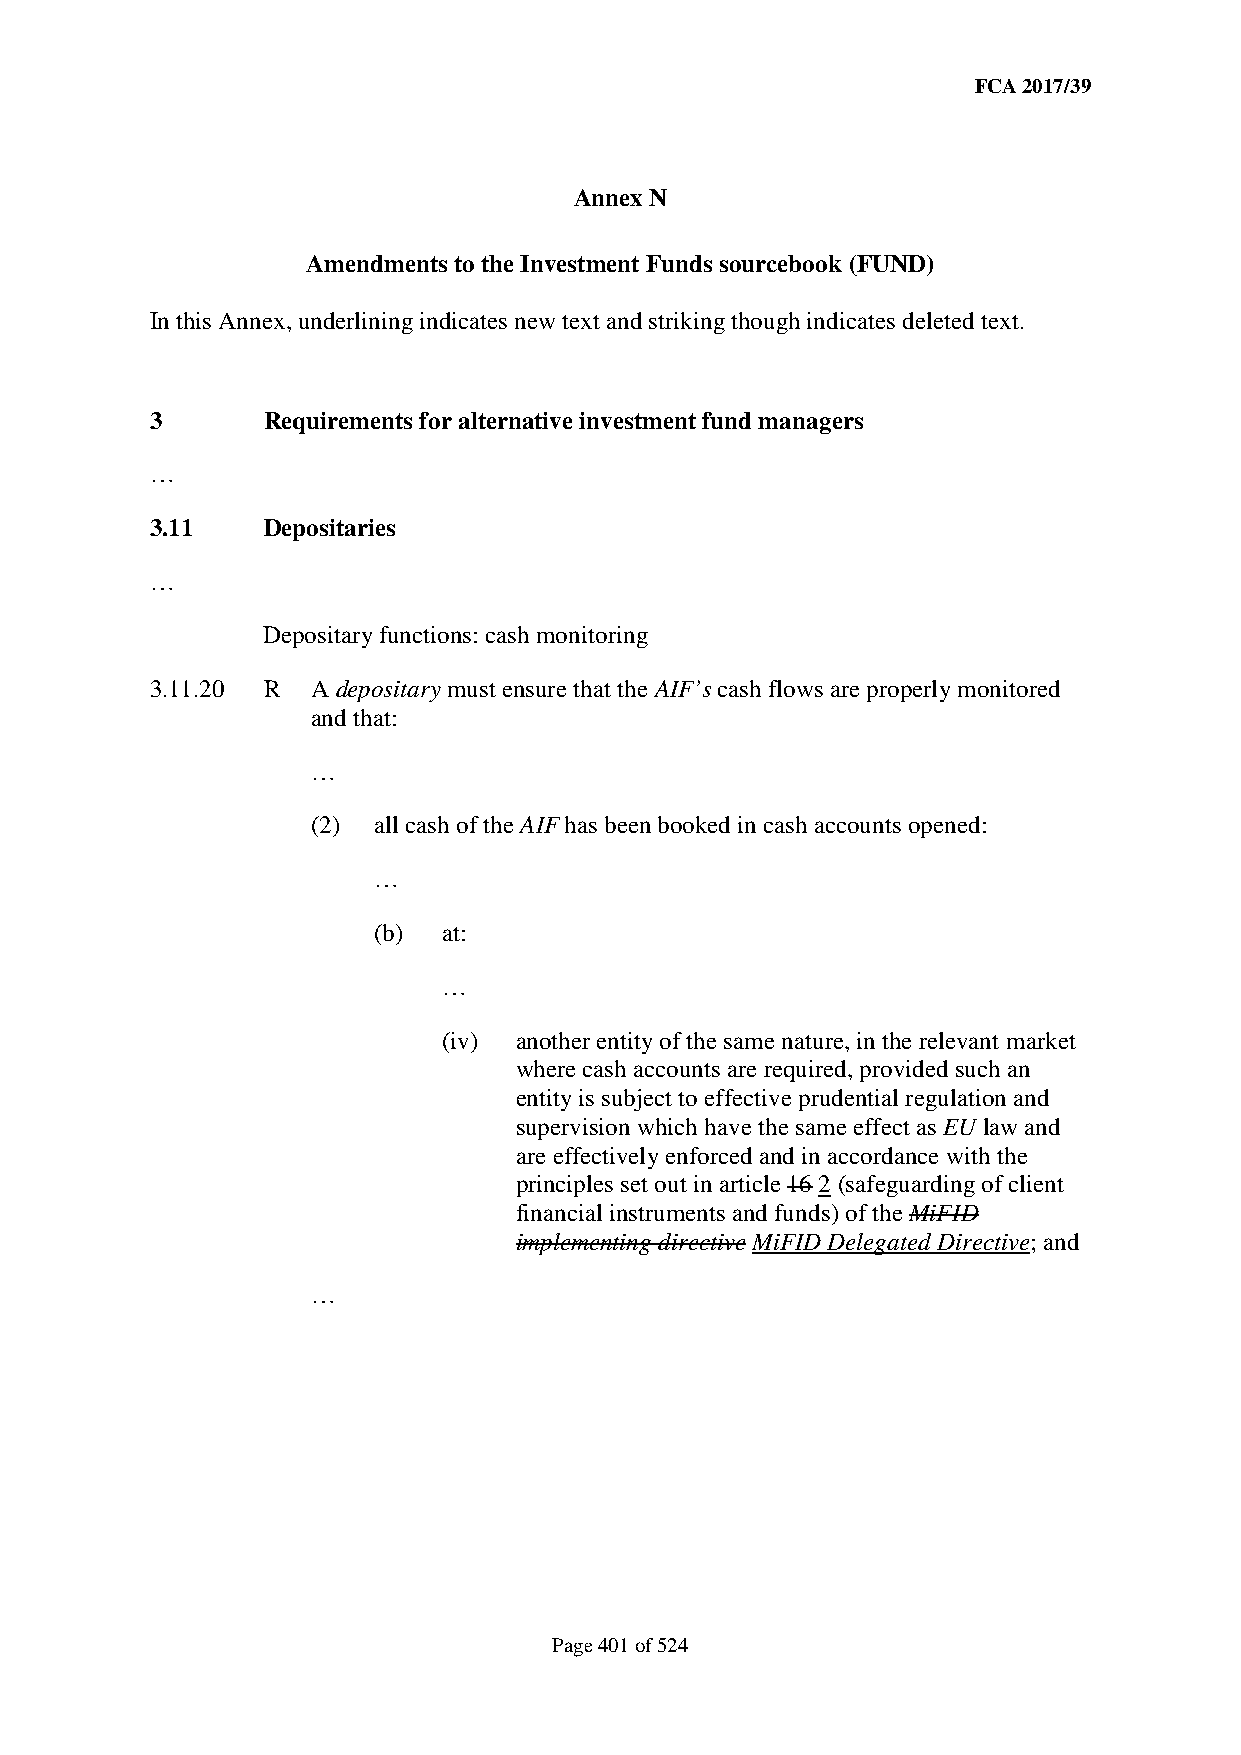
FCA 2017/39
 Annex N
 Amendments to the Investment Funds sourcebook (FUND)
 In this Annex, underlining indicates new text and striking though indicates deleted text.
 3      Requirements for alternative investment fund managers
 …
 3.11   Depositaries
 …
 Depositary functions: cash monitoring
 3.11.20 R  A depositary must ensure that the AIF’s cash flows are properly monitored
 and that:
 …
 (2) all cash of the AIF has been booked in cash accounts opened:
 …
 (b) at:
 …
 (iv) another entity of the same nature, in the relevant market
 where cash accounts are required, provided such an
 entity is subject to effective prudential regulation and
 supervision which have the same effect as EU law and
 are effectively enforced and in accordance with the
 principles set out in article 16 2 (safeguarding of client
 financial instruments and funds) of the MiFID
 implementing directive MiFID Delegated Directive; and
 …
 Page 401 of 524